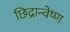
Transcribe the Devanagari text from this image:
छिद्रान्वेष्ण